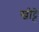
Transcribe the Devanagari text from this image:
खोट्टे